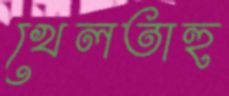
খেলতাহু